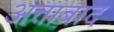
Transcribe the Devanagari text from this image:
अत्ताबाद